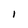
Character: l